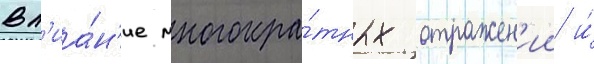
Вл'иа́н'ие многокра́тных отражен'ии и́